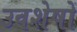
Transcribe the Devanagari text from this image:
उवशेषों